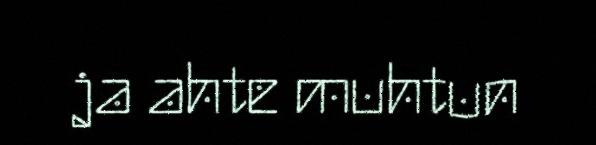
ja ahte muhtun